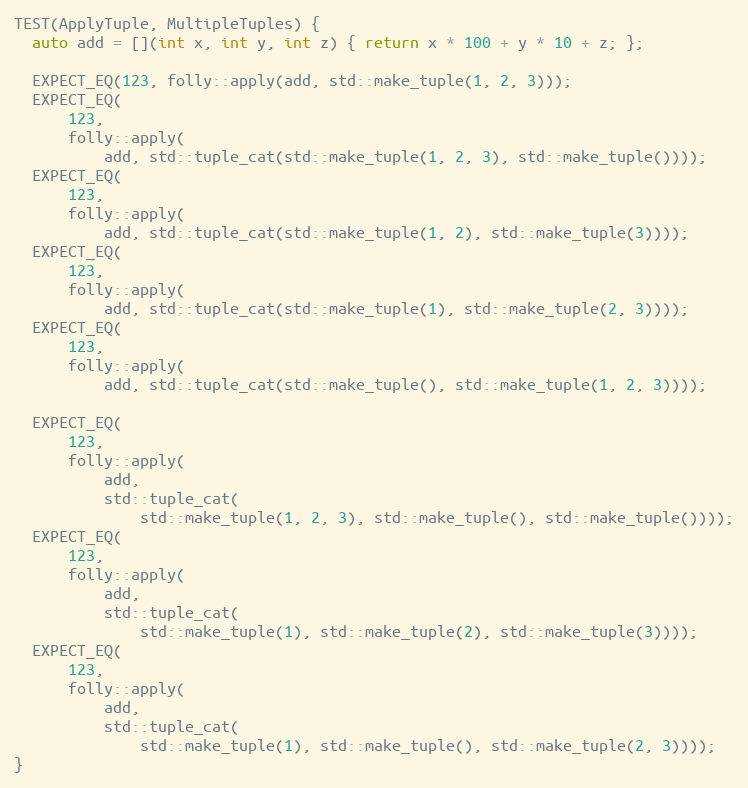
Language: C++
TEST(ApplyTuple, MultipleTuples) {
  auto add = [](int x, int y, int z) { return x * 100 + y * 10 + z; };

  EXPECT_EQ(123, folly::apply(add, std::make_tuple(1, 2, 3)));
  EXPECT_EQ(
      123,
      folly::apply(
          add, std::tuple_cat(std::make_tuple(1, 2, 3), std::make_tuple())));
  EXPECT_EQ(
      123,
      folly::apply(
          add, std::tuple_cat(std::make_tuple(1, 2), std::make_tuple(3))));
  EXPECT_EQ(
      123,
      folly::apply(
          add, std::tuple_cat(std::make_tuple(1), std::make_tuple(2, 3))));
  EXPECT_EQ(
      123,
      folly::apply(
          add, std::tuple_cat(std::make_tuple(), std::make_tuple(1, 2, 3))));

  EXPECT_EQ(
      123,
      folly::apply(
          add,
          std::tuple_cat(
              std::make_tuple(1, 2, 3), std::make_tuple(), std::make_tuple())));
  EXPECT_EQ(
      123,
      folly::apply(
          add,
          std::tuple_cat(
              std::make_tuple(1), std::make_tuple(2), std::make_tuple(3))));
  EXPECT_EQ(
      123,
      folly::apply(
          add,
          std::tuple_cat(
              std::make_tuple(1), std::make_tuple(), std::make_tuple(2, 3))));
}